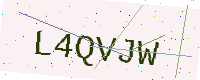
Text: L4QVJW